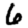
Digit: 6